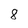
Character: 8